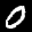
Label: 0